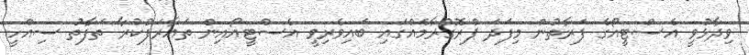
ވިދާޅުވީ އެސްޓީއޯގެ ފަރާތުން މިފަދަ ޕްރޮގުރާމެއްގައި ބައިވެރިވީ އެސްޓީއޯއިން ތައާރަފުކުރާ ތަފާތު ސިއްހީ